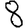
Digit: 8